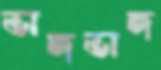
ভাঙ্গভাঙ্গ